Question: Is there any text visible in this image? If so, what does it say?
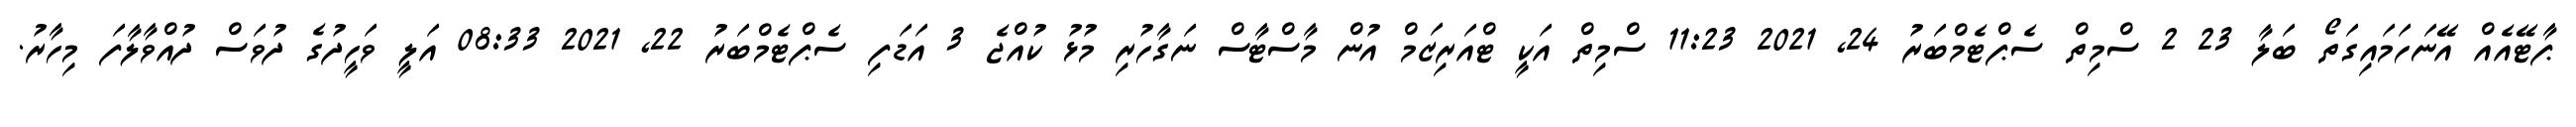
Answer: ޕާޓޭއެއް އޭނަހަމައިގަތޯ ބަލާ 23 2 ސްމިތް ސެޕްޓެމްބަރު 24, 2021 11:23 ސްމިތް އަކީ ޓްއަރިޒަމް އުން މާސްޓާސް ނަގާހުރި މުޅު ކުއްޖެ 3 އަޑަފި ސެޕްޓެމްބަރު 22, 2021 08:33 އަލީ ވަހީދުގެ ދުވަސް ދުއްވާލާފަ މިހާރު.